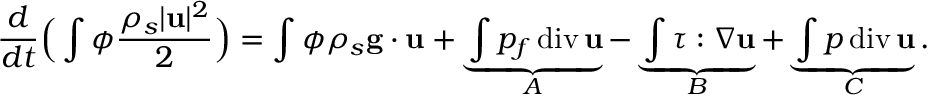
\frac { d } { d t } \Big ( \int \phi \frac { \rho _ { s } | { \bf u } | ^ { 2 } } { 2 } \Big ) = \int \phi \rho _ { s } { \bf g } \cdot { \bf u } + \underbrace { \int p _ { f } \, \mathrm { d i v } \, { \bf u } } _ { A } - \underbrace { \int \boldsymbol { \tau } : \nabla { \bf u } } _ { B } + \underbrace { \int p \, \mathrm { d i v } \, { \bf u } } _ { C } .